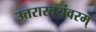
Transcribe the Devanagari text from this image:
उत्तरास्वयंवरम्